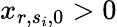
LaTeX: x_{r,s_{i},0}>0